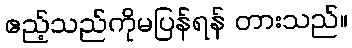
ဧည့်သည်ကိုမပြန်ရန် တားသည်။